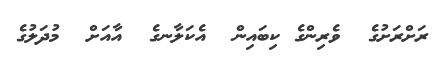
ރަށްރަށުގެ  ވެރިންގެ ކިބައިން  އެކަލާނގެ  އާއަށް  މުދަލުގެ